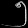
Digit: ၅